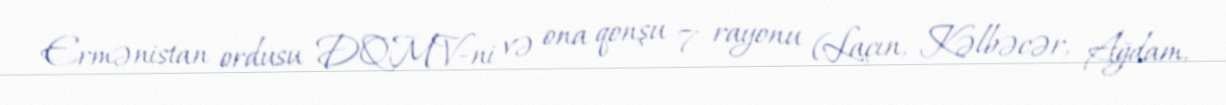
Ermənistan ordusu DQMV-ni və ona qonşu 7 rayonu (Laçın, Kəlbəcər, Ağdam,